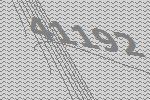
41192